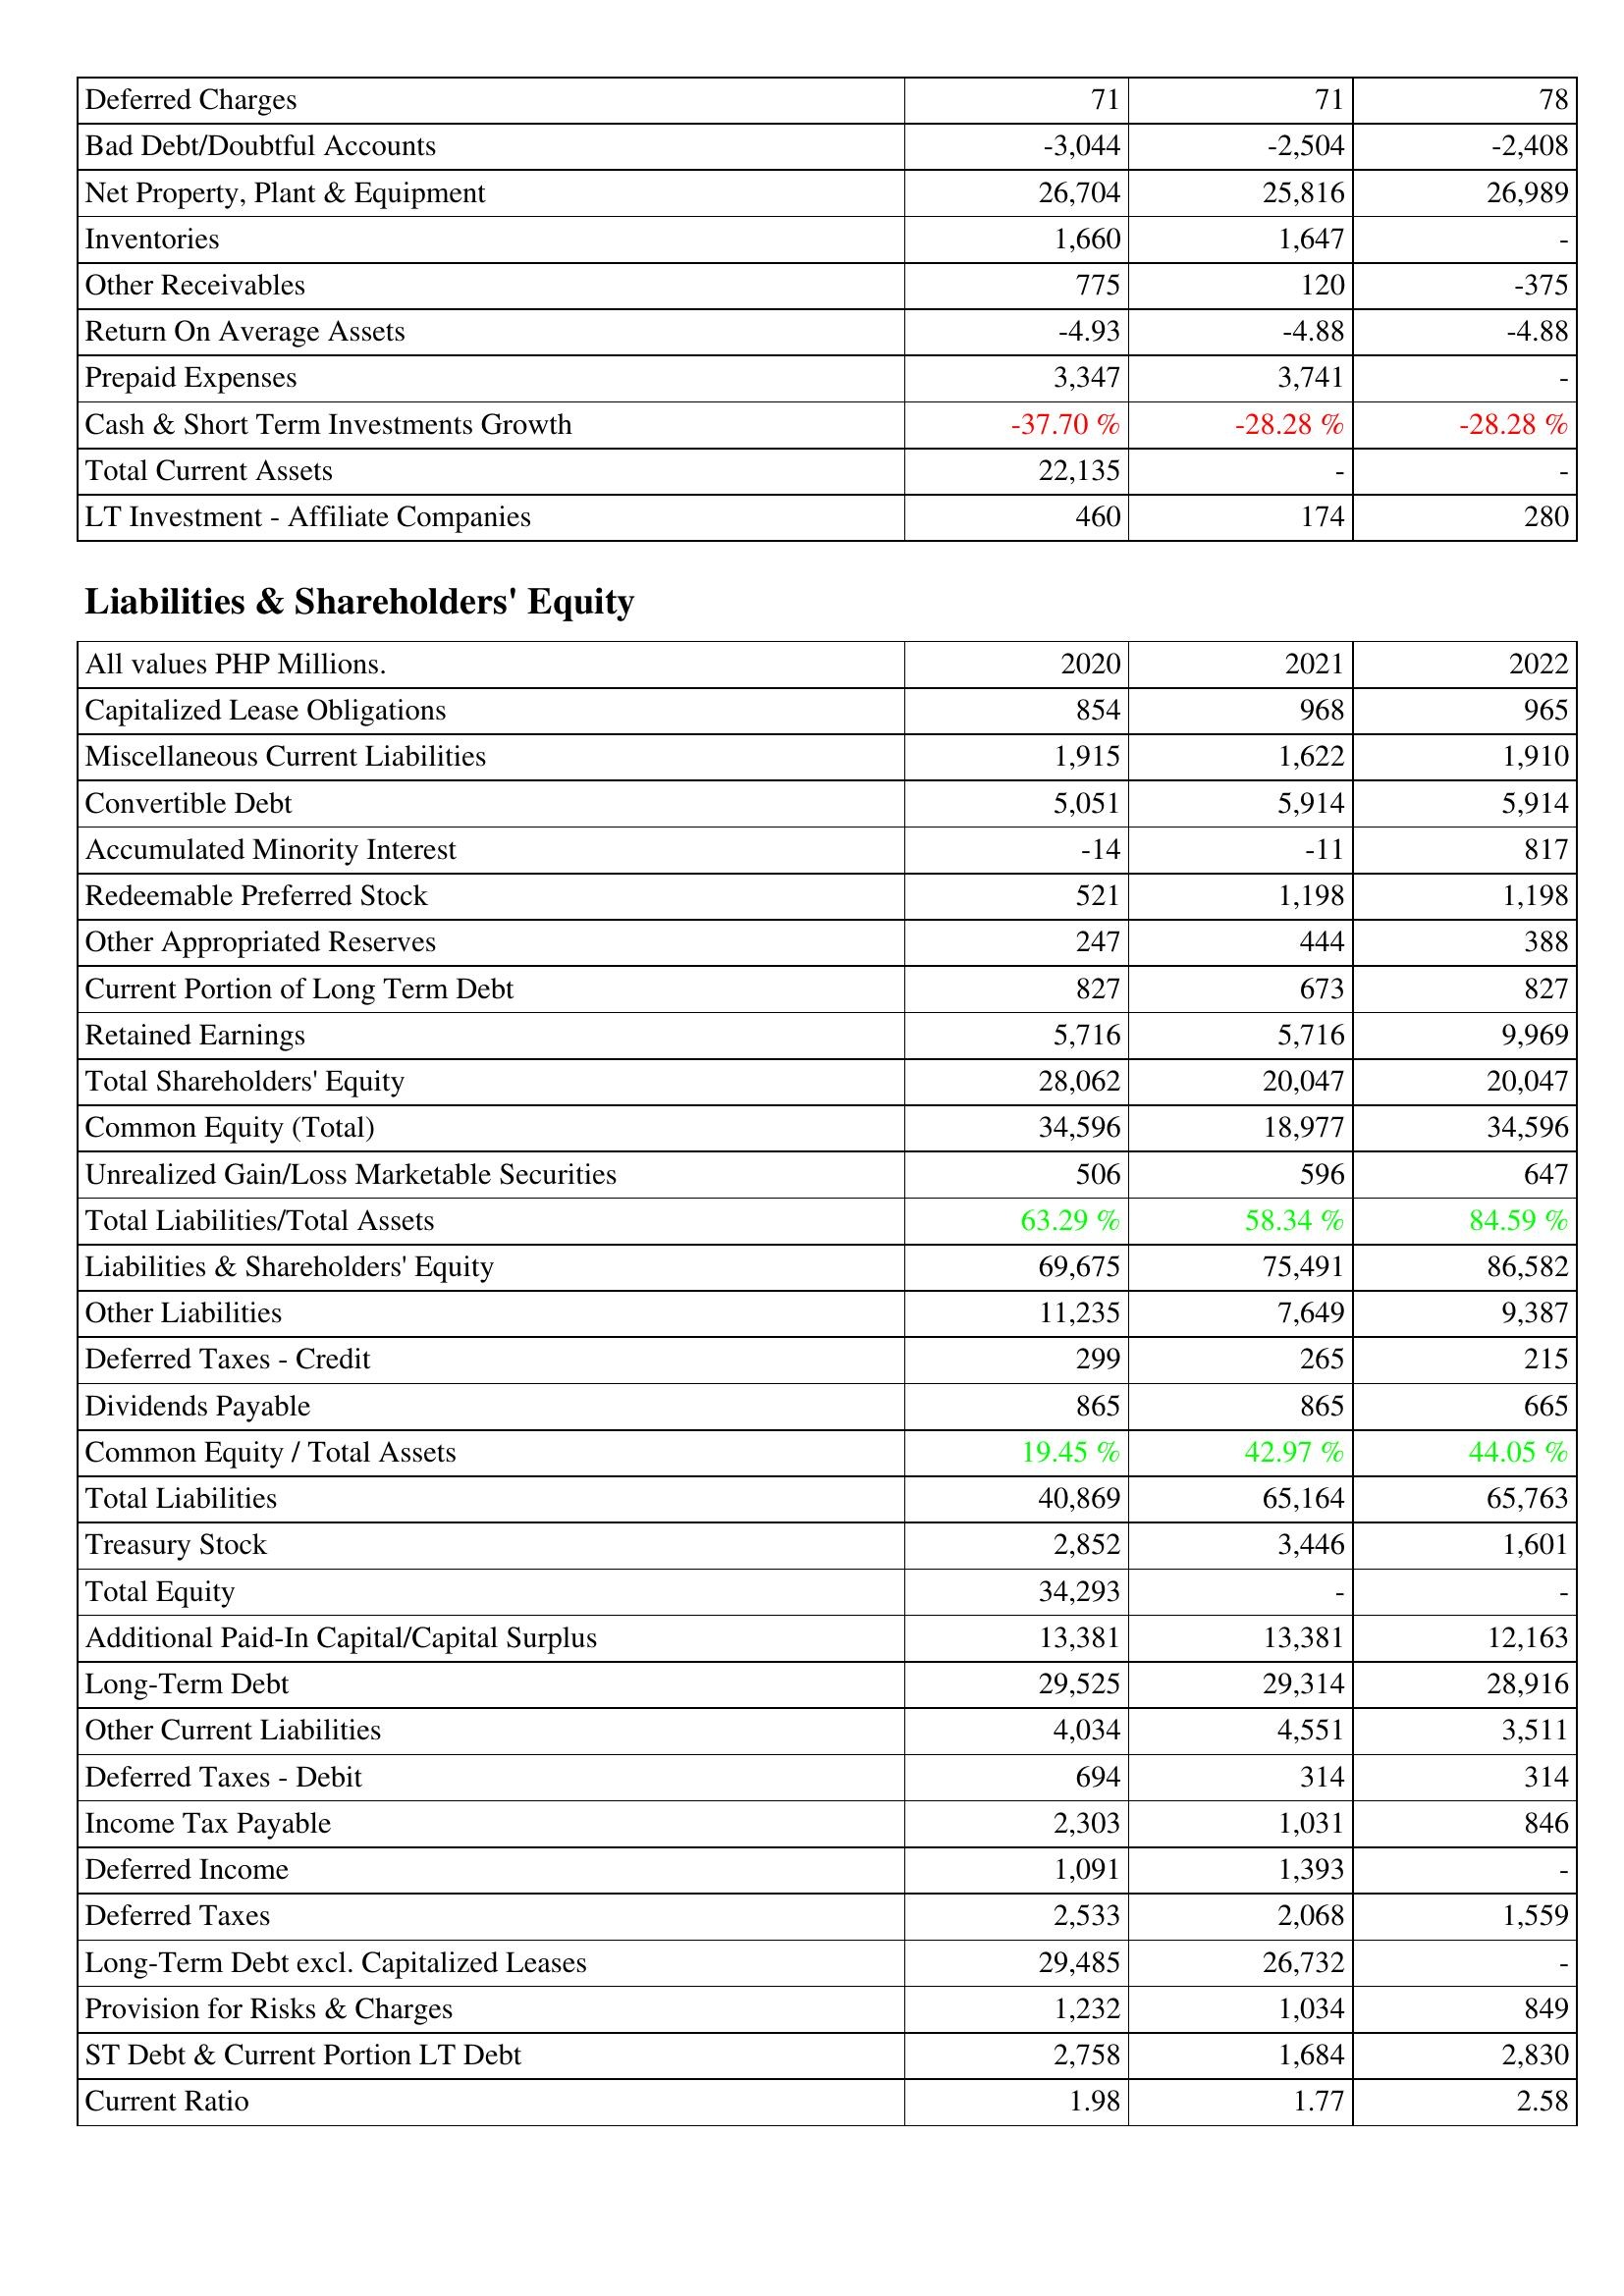
2020: Assets: Deferred Charges: 71
Bad Debt/Doubtful Accounts: -3,044
Net Property, Plant & Equipment: 26,704
Inventories: 1,660
Other Receivables: 775
Return On Average Assets: -4.93
Prepaid Expenses: 3,347
Cash & Short Term Investments Growth: -37.70 %
Total Current Assets: 22,135
LT Investment - Affiliate Companies: 460
Liabilities & Shareholders' Equity: Capitalized Lease Obligations: 854
Miscellaneous Current Liabilities: 1,915
Convertible Debt: 5,051
Accumulated Minority Interest: -14
Redeemable Preferred Stock: 521
Other Appropriated Reserves: 247
Current Portion of Long Term Debt: 827
Retained Earnings: 5,716
Total Shareholders' Equity: 28,062
Common Equity (Total): 34,596
Unrealized Gain/Loss Marketable Securities: 506
Total Liabilities/Total Assets: 63.29 %
Liabilities & Shareholders' Equity: 69,675
Other Liabilities: 11,235
Deferred Taxes - Credit: 299
Dividends Payable: 865
Common Equity / Total Assets: 19.45 %
Total Liabilities: 40,869
Treasury Stock: 2,852
Total Equity: 34,293
Additional Paid-In Capital/Capital Surplus: 13,381
Long-Term Debt: 29,525
Other Current Liabilities: 4,034
Deferred Taxes - Debit: 694
Income Tax Payable: 2,303
Deferred Income: 1,091
Deferred Taxes: 2,533
Long-Term Debt excl. Capitalized Leases: 29,485
Provision for Risks & Charges: 1,232
ST Debt & Current Portion LT Debt: 2,758
Current Ratio: 1.98
2021: Assets: Deferred Charges: 71
Bad Debt/Doubtful Accounts: -2,504
Net Property, Plant & Equipment: 25,816
Inventories: 1,647
Other Receivables: 120
Return On Average Assets: -4.88
Prepaid Expenses: 3,741
Cash & Short Term Investments Growth: -28.28 %
Total Current Assets: -
LT Investment - Affiliate Companies: 174
Liabilities & Shareholders' Equity: Capitalized Lease Obligations: 968
Miscellaneous Current Liabilities: 1,622
Convertible Debt: 5,914
Accumulated Minority Interest: -11
Redeemable Preferred Stock: 1,198
Other Appropriated Reserves: 444
Current Portion of Long Term Debt: 673
Retained Earnings: 5,716
Total Shareholders' Equity: 20,047
Common Equity (Total): 18,977
Unrealized Gain/Loss Marketable Securities: 596
Total Liabilities/Total Assets: 58.34 %
Liabilities & Shareholders' Equity: 75,491
Other Liabilities: 7,649
Deferred Taxes - Credit: 265
Dividends Payable: 865
Common Equity / Total Assets: 42.97 %
Total Liabilities: 65,164
Treasury Stock: 3,446
Total Equity: -
Additional Paid-In Capital/Capital Surplus: 13,381
Long-Term Debt: 29,314
Other Current Liabilities: 4,551
Deferred Taxes - Debit: 314
Income Tax Payable: 1,031
Deferred Income: 1,393
Deferred Taxes: 2,068
Long-Term Debt excl. Capitalized Leases: 26,732
Provision for Risks & Charges: 1,034
ST Debt & Current Portion LT Debt: 1,684
Current Ratio: 1.77
2022: Assets: Deferred Charges: 78
Bad Debt/Doubtful Accounts: -2,408
Net Property, Plant & Equipment: 26,989
Inventories: -
Other Receivables: -375
Return On Average Assets: -4.88
Prepaid Expenses: -
Cash & Short Term Investments Growth: -28.28 %
Total Current Assets: -
LT Investment - Affiliate Companies: 280
Liabilities & Shareholders' Equity: Capitalized Lease Obligations: 965
Miscellaneous Current Liabilities: 1,910
Convertible Debt: 5,914
Accumulated Minority Interest: 817
Redeemable Preferred Stock: 1,198
Other Appropriated Reserves: 388
Current Portion of Long Term Debt: 827
Retained Earnings: 9,969
Total Shareholders' Equity: 20,047
Common Equity (Total): 34,596
Unrealized Gain/Loss Marketable Securities: 647
Total Liabilities/Total Assets: 84.59 %
Liabilities & Shareholders' Equity: 86,582
Other Liabilities: 9,387
Deferred Taxes - Credit: 215
Dividends Payable: 665
Common Equity / Total Assets: 44.05 %
Total Liabilities: 65,763
Treasury Stock: 1,601
Total Equity: -
Additional Paid-In Capital/Capital Surplus: 12,163
Long-Term Debt: 28,916
Other Current Liabilities: 3,511
Deferred Taxes - Debit: 314
Income Tax Payable: 846
Deferred Income: -
Deferred Taxes: 1,559
Long-Term Debt excl. Capitalized Leases: -
Provision for Risks & Charges: 849
ST Debt & Current Portion LT Debt: 2,830
Current Ratio: 2.58